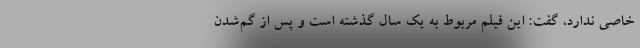
خاصی ندارد، گفت: این فیلم مربوط به یک سال گذشته است و پس از گم‌شدن